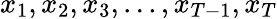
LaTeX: x_{1},x_{2},x_{3},...,x_{T-1},x_{T}